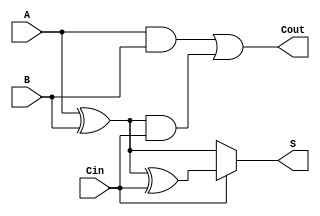
module conditional_sum_full_adder (
    input wire A,      // First significant bit
    input wire B,      // Second significant bit
    input wire Cin,    // Carry input
    output wire S,     // Sum output
    output wire Cout    // Carry output
);

    // Intermediate sum calculations
    wire S0;           // Sum without carry
    wire S1;           // Sum with carry
    wire C1;           // Carry condition from A and B
    wire C2;           // Carry condition from (A XOR B) and Cin

    // Calculate S0: A XOR B
    assign S0 = A ^ B;
    
    // Calculate S1: S0 XOR Cin
    assign S1 = S0 ^ Cin;

    // Select sum output based on Cin
    assign S = Cin ? S1 : S0;

    // Calculate carry conditions
    assign C1 = A & B;                      // Carry when both A and B are 1
    assign C2 = S0 & Cin;                   // Carry when A XOR B is 1 and Cin is 1

    // Final carry out
    assign Cout = C1 | C2;                  // Carry out condition

endmodule